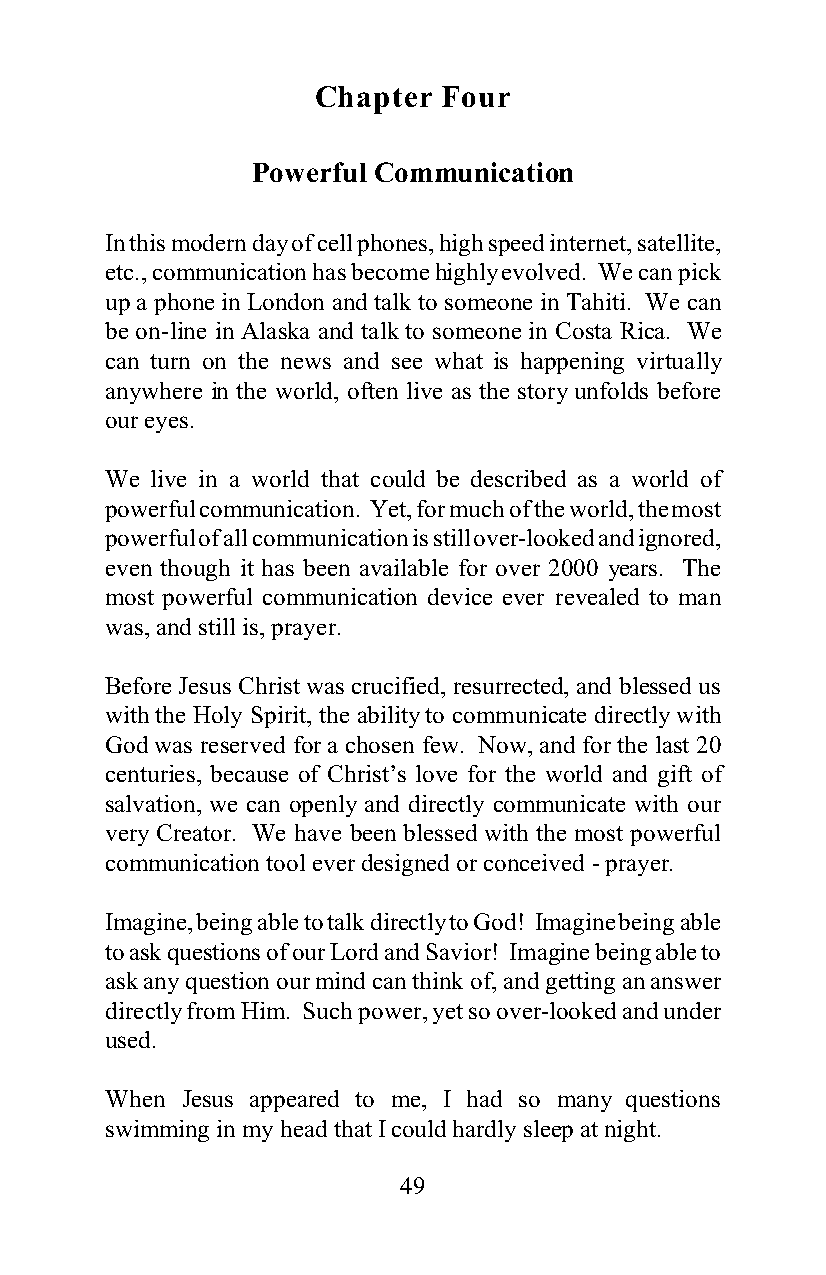
Chapter Four
 Powerful Communication
 In this modern day of cell phones, high speed internet, satellite,
 etc., communication has become highly evolved. We can pick
 up a phone in London and talk to someone in Tahiti. We can
 be on-line in Alaska and talk to someone in Costa Rica. We
 can turn on the news and see what is happening virtually
 anywhere in the world, often live as the story unfolds before
 our eyes.
 We live in a world that could be described as a world of
 powerful communication. Yet, for much of the world, the most
 powerful of all communication is still over-looked and ignored,
 even though it has been available for over 2000 years. The
 most powerful communication device ever revealed to man
 was, and still is, prayer.
 Before Jesus Christ was crucified, resurrected, and blessed us
 with the Holy Spirit, the ability to communicate directly with
 God was reserved for a chosen few. Now, and for the last 20
 centuries, because of Christ’s love for the world and gift of
 salvation, we can openly and directly communicate with our
 very Creator. We have been blessed with the most powerful
 communication tool ever designed or conceived - prayer.
 Imagine, being able to talk directly to God! Imagine being able
 to ask questions of our Lord and Savior! Imagine being able to
 ask any question our mind can think of, and getting an answer
 directly from Him. Such power, yet so over-looked and under
 used.
 When Jesus appeared to me, I had so many questions
 swimming in my head that I could hardly sleep at night.
 49